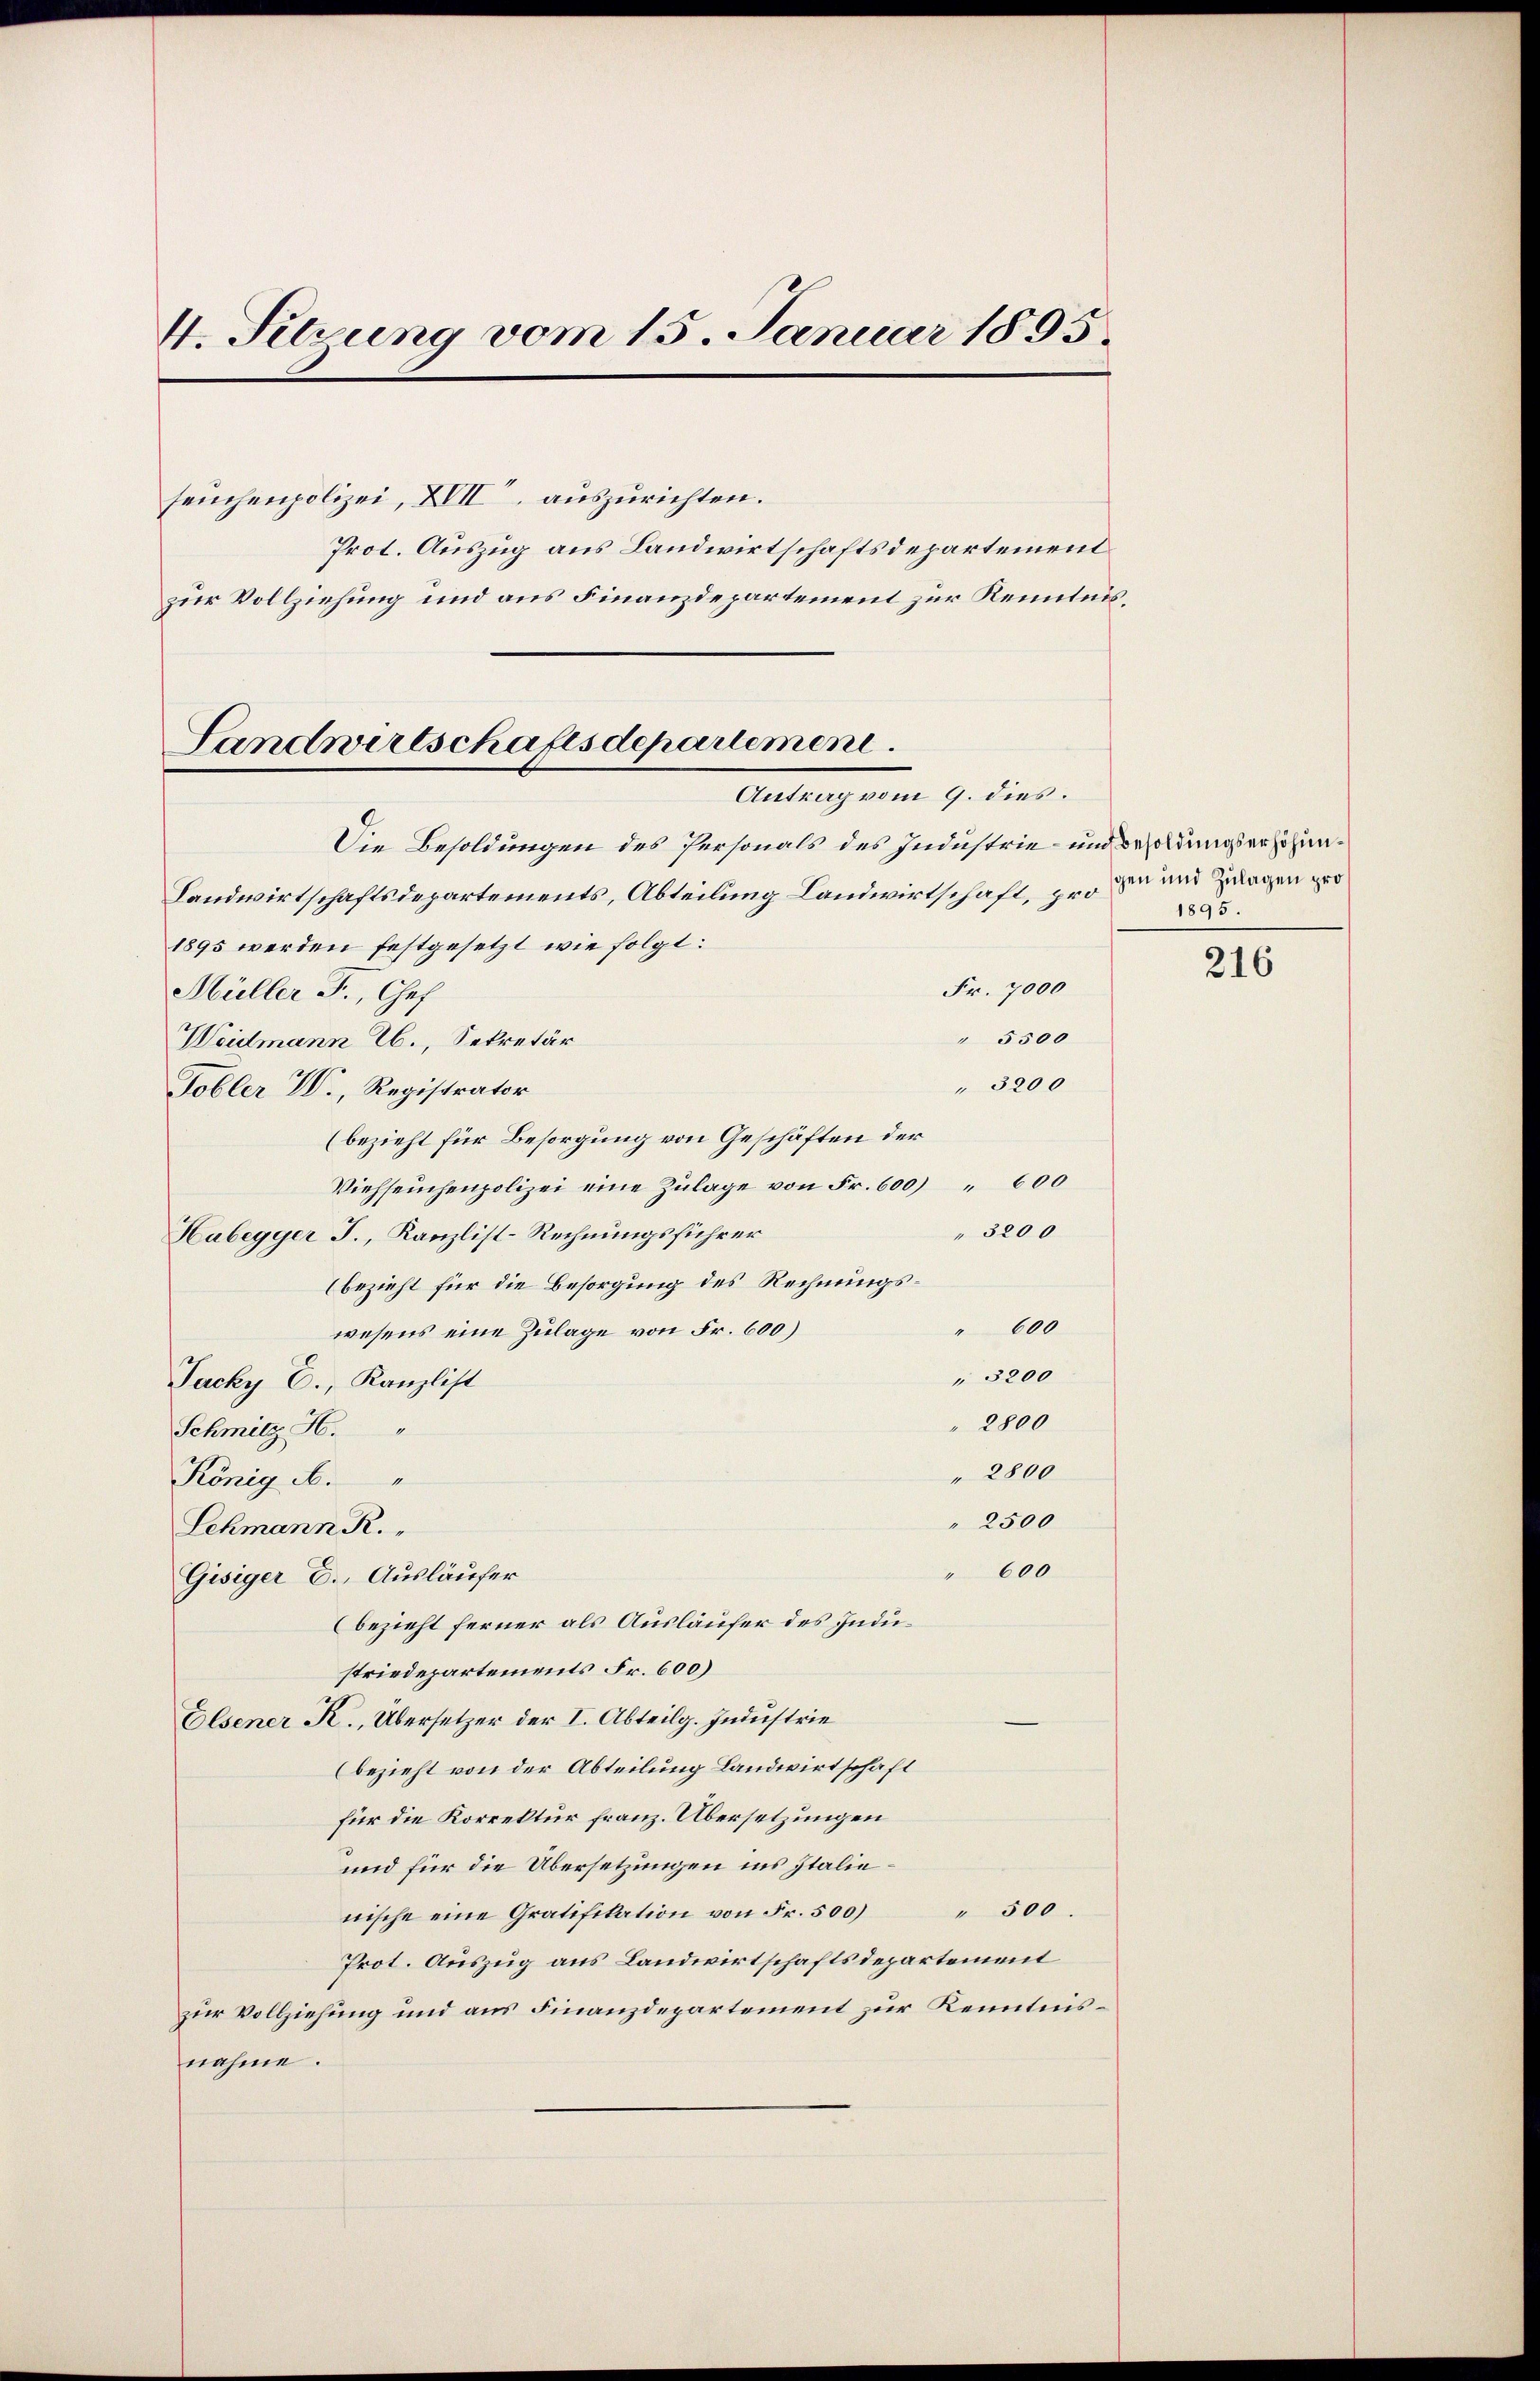
4. Setzung vom 15. Januar 1895.

seuchenpolizei, XVII. auszurichten.
Prot. Auszug aus Landwirtschaftsdepartement
zur Vollziehung und aus Finanzdepartement zur Kenntnis¬

Landwirtschaftsdepartement.
Antrag vom 9. dies.

Die Besoldungen des Personals des Industrie- und Besoldungserhöhun¬
Landwirtschaftsdepartements, Abteilung Landwirtschaft, pro zu und Zulagen gro
1895 werden festgesetzt wie folgt:
Fr. 7000
Müller F., Chef
" 5500
Weidmann Eb., Sekretär
" 3200
Tobler VV., Registrator
(bezieht für Besorgung von Geschäften der
Viehseuchenpolizei eine Zulage von Fr. 600) 600
3200
Hubegger J., Kanzlist-Rechnungsführer
(bezieht für die Besorgung des Rechnungs¬
" 600
wesens eine Zulage von Fr. 600)
" 3200
Jacky E., Kanzlist
2800
Schmitz H.
2800
König u.
2500
Lehmann R.
" 600
Gisiger C., Ausläufer
(bezieht ferner als Ausläufer des Industriedepartements Fr. 600)
Elsener K., Übersetzer der I. Abteilg. Industrie
(bezieht von der Abteilung Landwirtschaft
für die Korrektur franz. Übersetzungen
und für die Übersetzungen ins Italienische eine Gratifikation von Fr. 500) " 500.
Prot. Auszug aus Landwirtschaftsdepartement
zur Vollziehung und aus Finanzdepartement zur Kenntnisnahme.

1895.

216